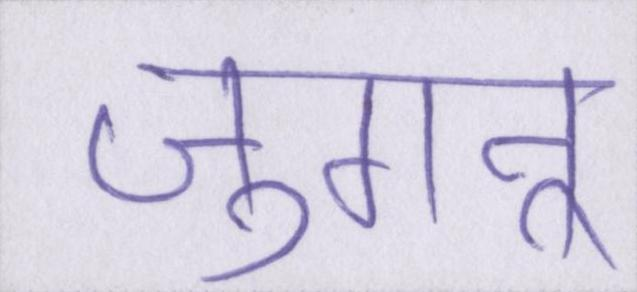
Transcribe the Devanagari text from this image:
जुगनू